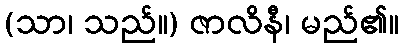
(သာ၊ သည်။) ဇာလိနီ၊ မည်၏။